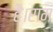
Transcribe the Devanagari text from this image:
है।राम